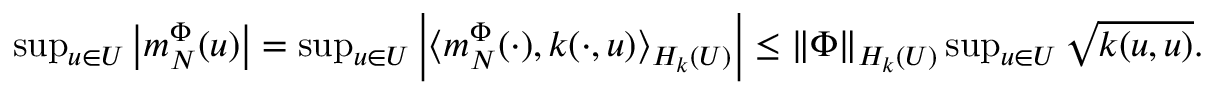
\begin{array} { r } { \operatorname* { s u p } _ { u \in U } \left| m _ { N } ^ { \Phi } ( u ) \right| = \operatorname* { s u p } _ { u \in U } \left| \langle m _ { N } ^ { \Phi } ( \cdot ) , k ( \cdot , u ) \rangle _ { H _ { k } ( U ) } \right| \leq \| \Phi \| _ { H _ { k } ( U ) } \operatorname* { s u p } _ { u \in U } \sqrt { k ( u , u ) } . } \end{array}